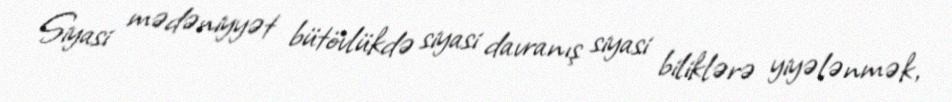
Siyasi mədəniyyət bütövlükdə siyasi davranış siyasi biliklərə yiyələnmək,